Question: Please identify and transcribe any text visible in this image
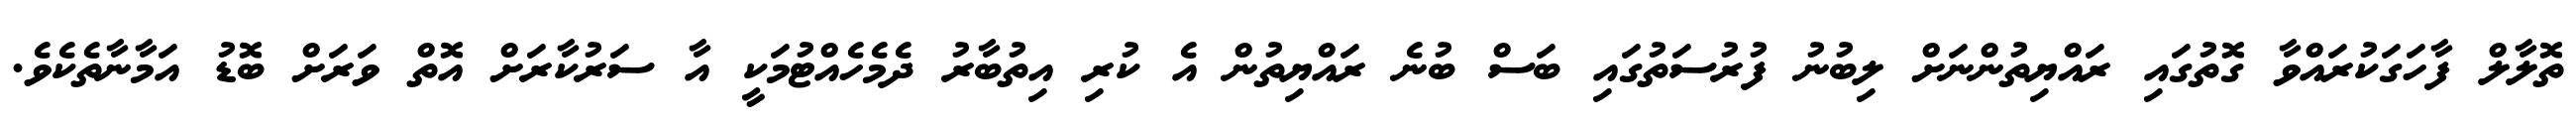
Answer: ތޮލާލް ފާހަގަކުރައްވާ ގޮތުގައި ރައްޔިތުންނަށް ލިބުނު ފުރުސަތުގައި ބަސް ބުނެ ރައްޔިތުން އެ ކުރި އިތުބާރު ދެމެހެއްޓުމަކީ އާ ސަރުކާރަށް އޮތް ވަރަށް ބޮޑު އަމާނާތެކެވެ.